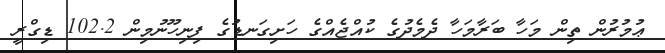
ޢުމުރުން ތިން މަހާ ބަރާމަހާ ދެމެދުގެ ކުއްޖެއްގެ ހަށިގަނޑުގެ ފިނިހޫނުމިން 102.2 ޑިގްރީ